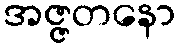
အဇ္ဇတနော